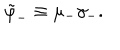
\tilde { \varphi } _ { - } \equiv \mu _ { - } \gamma _ { - } .